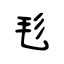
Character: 毝